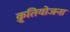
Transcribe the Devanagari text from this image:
क़ृतियोजना